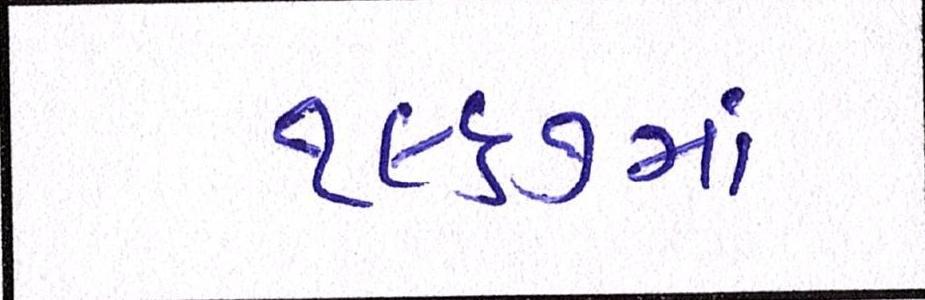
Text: ૧૯૬૭માં